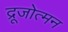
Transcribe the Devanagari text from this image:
द्रूजोत्मन